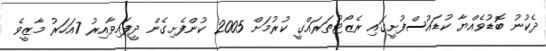
ދެކުނު ބޮޑުވެއްޔާ ކުޑައުސްފުށީގައި ރެޒޯޓުތަރައްގީ ކުރުމަށް 2005 ކުންފެށިގެން ދީފައިވާއިރު 7އަހަރު މާޒީވެ